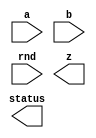



////////////////////////////////////////////////////////////////////////////////
//
//       This confidential and proprietary software may be used only
//     as authorized by a licensing agreement from Synopsys Inc.
//     In the event of publication, the following notice is applicable:
//
//                    (C) COPYRIGHT 2006 - 2020 SYNOPSYS INC.
//                           ALL RIGHTS RESERVED
//
//       The entire notice above must be reproduced on all authorized
//     copies.
//
//
// VERSION:   Verilog Simulation Model for DW_fp_mult
//
// DesignWare_version: 12428c1c
// DesignWare_release: Q-2019.12-DWBB_201912.5
//
////////////////////////////////////////////////////////////////////////////////

//-----------------------------------------------------------------------------
//
// ABSTRACT: Floating-Point Multiplier
//
//              DW_fp_mult calculates the floating-point multiplication
//              while supporting six rounding modes, including four IEEE
//              standard rounding modes.
//
//              parameters      valid values (defined in the DW manual)
//              ==========      ============
//              sig_width       significand size,  2 to 253 bits
//              exp_width       exponent size,     3 to 31 bits
//              ieee_compliance support the IEEE Compliance 
//                              including NaN and denormal expressions.
//                              0 - IEEE 754 compatible without denormal support
//                                  (NaN becomes Infinity, Denormal becomes Zero)
//                              1 - IEEE 754 standard compatible
//                                  (NaN and denormal numbers are supported)
//
//              Input ports     Size & Description
//              ===========     ==================
//              a               (sig_width + exp_width + 1)-bits
//                              Floating-point Number Input
//              b               (sig_width + exp_width + 1)-bits
//                              Floating-point Number Input
//              rnd             3 bits
//                              Rounding Mode Input
//              z               (sig_width + exp_width + 1)-bits
//                              Floating-point Number Output
//              status          8 bits
//                              Status Flags Output
//
// Modified:
//
//     2015.12.10 Kyung-Nam Han
//       Bug fix for STAR9000983334, available from 2015.06-SP5
//
//     2009.11.12 Kyung-Nam Han
//       Bug fix for STAR9000352662, available from 2009.06-SP4
//-----------------------------------------------------------------------------

module DW_fp_mult (a, b, rnd, z, status);

  parameter integer sig_width = 23;      // RANGE 2 TO 253
  parameter integer exp_width = 8;       // RANGE 3 TO 31
  parameter integer ieee_compliance = 0; // RANGE 0 TO 1

  input  [exp_width + sig_width:0] a;
  input  [exp_width + sig_width:0] b;
  input  [2:0] rnd;
  output [exp_width + sig_width:0] z;
  output [7:0] status;

  // synopsys translate_off


  `define Mwidth (2 * sig_width + 3)
  `define Movf   (`Mwidth - 1)
  `define L      (`Movf - 1 - sig_width)
  `define R      (`L - 1)
  `define log_awidth ((sig_width + 1>65536)?((sig_width + 1>16777216)?((sig_width + 1>268435456)?((sig_width + 1>536870912)?30:29):((sig_width + 1>67108864)?((sig_width + 1>134217728)?28:27):((sig_width + 1>33554432)?26:25))):((sig_width + 1>1048576)?((sig_width + 1>4194304)?((sig_width + 1>8388608)?24:23):((sig_width + 1>2097152)?22:21)):((sig_width + 1>262144)?((sig_width + 1>524288)?20:19):((sig_width + 1>131072)?18:17)))):((sig_width + 1>256)?((sig_width + 1>4096)?((sig_width + 1>16384)?((sig_width + 1>32768)?16:15):((sig_width + 1>8192)?14:13)):((sig_width + 1>1024)?((sig_width + 1>2048)?12:11):((sig_width + 1>512)?10:9))):((sig_width + 1>16)?((sig_width + 1>64)?((sig_width + 1>128)?8:7):((sig_width + 1>32)?6:5)):((sig_width + 1>4)?((sig_width + 1>8)?4:3):((sig_width + 1>2)?2:1)))))
  `define ez_msb ((exp_width >= `log_awidth) ? exp_width + 1 : `log_awidth + 1)
  
  //-------------------------------------------------------------------------
  // Parameter legality check
  //-------------------------------------------------------------------------
    
 
  initial begin : parameter_check
    integer param_err_flg;

    param_err_flg = 0;
    
      
    if ( (sig_width < 2) || (sig_width > 253) ) begin
      param_err_flg = 1;
      $display(
	"ERROR: %m :\n  Invalid value (%d) for parameter sig_width (legal range: 2 to 253)",
	sig_width );
    end
      
    if ( (exp_width < 3) || (exp_width > 31) ) begin
      param_err_flg = 1;
      $display(
	"ERROR: %m :\n  Invalid value (%d) for parameter exp_width (legal range: 3 to 31)",
	exp_width );
    end
      
    if ( (ieee_compliance < 0) || (ieee_compliance > 1) ) begin
      param_err_flg = 1;
      $display(
	"ERROR: %m :\n  Invalid value (%d) for parameter ieee_compliance (legal range: 0 to 1)",
	ieee_compliance );
    end
    
    if ( param_err_flg == 1) begin
      $display(
        "%m :\n  Simulation aborted due to invalid parameter value(s)");
      $finish;
    end

  end // parameter_check 

  //-------------------------------------------------------------------------


function [4-1:0] RND_eval;

  input [2:0] RND;
  input [0:0] Sign;
  input [0:0] L,R,STK;


  begin
  RND_eval[0] = 0;
  RND_eval[1] = R|STK;
  RND_eval[2] = 0;
  RND_eval[3] = 0;
  if ($time > 0)
  case (RND)
    3'b000:
    begin
      RND_eval[0] = R&(L|STK);
      RND_eval[2] = 1;
      RND_eval[3] = 0;
    end
    3'b001:
    begin
      RND_eval[0] = 0;
      RND_eval[2] = 0;
      RND_eval[3] = 0;
    end
    3'b010:
    begin
      RND_eval[0] = ~Sign & (R|STK);
      RND_eval[2] = ~Sign;
      RND_eval[3] = ~Sign;
    end
    3'b011:
    begin
      RND_eval[0] = Sign & (R|STK);
      RND_eval[2] = Sign;
      RND_eval[3] = Sign;
    end
    3'b100:
    begin
      RND_eval[0] = R;
      RND_eval[2] = 1;
      RND_eval[3] = 0;
    end
    3'b101:
    begin
      RND_eval[0] = R|STK;
      RND_eval[2] = 1;
      RND_eval[3] = 1;
    end
    default:
    begin
`ifndef DW_SUPPRESS_WARN
          $display ("WARNING: %m:\n at time = %0t: Illegal rounding mode.", $time);
`endif
    end
  endcase
  end

endfunction




  reg [(exp_width + sig_width):0] z_reg;
  reg [exp_width-1:0] EA;
  reg [exp_width-1:0] EB;
  reg signed [`ez_msb:0] EZ;
  reg signed [`ez_msb:0] Range_Check;
  reg signed [`ez_msb:0] SH_Shift;
  reg signed [`ez_msb:0] EZ_Shift;
  reg [sig_width:0] MA;
  reg [sig_width:0] MB;
  reg [sig_width:0] TMP_MA;
  reg [sig_width:0] TMP_MB;
  reg [`Mwidth-1:0] MZ;
  reg STK;
  reg SIGN;
  reg [4-1:0] RND_val;
  reg [8    -1:0] status_reg;
  reg MaxEXP_A;
  reg MaxEXP_B;
  reg InfSIG_A;
  reg InfSIG_B;
  reg Zero_A;
  reg Zero_B;
  reg Denorm_A;
  reg Denorm_B;
  reg [9:0] LZ_INA;
  reg [9:0] LZ_INB;
  reg [9:0] LZ_IN;
  reg [sig_width - 1:0] SIGA;
  reg [sig_width - 1:0] SIGB;
  reg [(exp_width + sig_width):0] NaN_Reg;
  reg [(exp_width + sig_width):0] Inf_Reg;
  reg MZ_Movf1;
  reg EZ_Zero;
  reg STK_PRE;
  reg [sig_width:0] STK_EXT;
  reg [sig_width - 1:0] NaN_Sig;
  reg [sig_width - 1:0] Inf_Sig;
  reg STK_CHECK;
  reg minnorm_case;

  integer i;
  
  always @(a or b or rnd) begin : a1000_PROC
    SIGN = a[(exp_width + sig_width)] ^ b[(exp_width + sig_width)];
    EA = a[((exp_width + sig_width) - 1):sig_width];
    EB = b[((exp_width + sig_width) - 1):sig_width];
    SIGA = a[(sig_width - 1):0];
    SIGB = b[(sig_width - 1):0];
    status_reg = 0;
    LZ_INA = 0;
    LZ_INB = 0;
    LZ_IN = 0;
    STK_EXT = 0;

    MaxEXP_A = (EA == ((((1 << (exp_width-1)) - 1) * 2) + 1));
    MaxEXP_B = (EB == ((((1 << (exp_width-1)) - 1) * 2) + 1));
    InfSIG_A = (SIGA == 0);
    InfSIG_B = (SIGB == 0);

    // Zero and Denormal
    if (ieee_compliance) begin
      Zero_A = (EA == 0 ) & (SIGA == 0);
      Zero_B = (EB == 0 ) & (SIGB == 0);
      Denorm_A = (EA == 0 ) & (SIGA != 0);
      Denorm_B = (EB == 0 ) & (SIGB != 0);
      // IEEE Standard
      NaN_Sig = 1;
      Inf_Sig = 0;
      NaN_Reg = {1'b0, {(exp_width){1'b1}}, NaN_Sig};
      Inf_Reg = {SIGN, {(exp_width){1'b1}}, Inf_Sig};

      if (Denorm_A) begin
        MA = {1'b0, a[(sig_width - 1):0]};
      end
      else begin
        MA = {1'b1, a[(sig_width - 1):0]};
      end

      if (Denorm_B) begin
        MB = {1'b0, b[(sig_width - 1):0]};
      end
      else begin
        MB = {1'b1, b[(sig_width - 1):0]};
      end

    end
    else begin // ieee_compliance = 0
      Zero_A = (EA == 0 );
      Zero_B = (EB == 0 );
      Denorm_A = 0;
      Denorm_B = 0;
      MA = {1'b1,a[(sig_width - 1):0]};
      MB = {1'b1,b[(sig_width - 1):0]};
      NaN_Sig = 0;
      Inf_Sig = 0;
      // from 0703-SP2, NaN has always + sign.
      NaN_Reg = {1'b0, {(exp_width){1'b1}}, NaN_Sig};
      Inf_Reg = {SIGN, {(exp_width){1'b1}}, Inf_Sig};
    end
  
    //
    // Infinity & NaN Input
    //
    if (ieee_compliance && ((MaxEXP_A && ~InfSIG_A) || (MaxEXP_B && ~InfSIG_B))) begin
      status_reg[2] = 1;
      z_reg = NaN_Reg;
    end
    else if ( (MaxEXP_A) || (MaxEXP_B) )	begin

      if (ieee_compliance == 0) begin
        status_reg[1] = 1;
      end

      // 0*Inf = NaN
      if ( Zero_A || Zero_B ) begin
        status_reg[2] = 1;
        z_reg = NaN_Reg;
      end
      else begin  // Infinity Case
        status_reg[1] = 1;
        z_reg = Inf_Reg;
      end

    end
    //
    // Zero Input
    //
    else if (Zero_A || Zero_B) begin
      status_reg[0] = 1;
      z_reg = 0;
      z_reg[(exp_width + sig_width)] = SIGN;
    end
    //
    // Normal & Denormal Inputs
    //
    else begin

      // Denormal Check
      TMP_MA = MA;
      if (Denorm_A) 
      begin
        while(TMP_MA[sig_width] != 1)
        begin
          TMP_MA = TMP_MA << 1;
          LZ_INA = LZ_INA + 1;
        end
      end

      TMP_MB = MB;
      if (Denorm_B) 
      begin
        while(TMP_MB[sig_width] != 1)
        begin
          TMP_MB = TMP_MB << 1;
          LZ_INB = LZ_INB + 1;
        end
      end

      LZ_IN = LZ_INA + LZ_INB;

      EZ = EA + EB - LZ_IN + Denorm_A + Denorm_B;
      MZ = MA * MB;	// Compute with infinite precision.

      // Left shift MZ in case of denormal multiplication
      if (ieee_compliance) begin
        MZ = MZ << LZ_IN;
      end

      // After the computation, left justify the Mantissa to `Movf-1 bit.
      // Note that the normalized Mantissa after computation is in `Movf-2 bit,
      // and now we normalize it to `Movf-1 bit.
      MZ_Movf1 = MZ[`Movf-1];

      if (MZ[`Movf-1] === 1) begin
        EZ = EZ + 1;
        minnorm_case = 0;
      end
      else begin
        MZ = MZ << 1;
        minnorm_case = (EZ - ((1 << (exp_width-1)) - 1) == 0) ? 1 : 0;
      end

      // Denormal Support
      if (ieee_compliance) begin
        Range_Check = EA + EB + Denorm_A + Denorm_B + MZ_Movf1 - ((1 << (exp_width-1)) - 1) - LZ_IN - 1;

        EZ_Shift = -Range_Check;  

        if (EZ_Shift >= 0) begin
          for (i = 0; i < EZ_Shift; i = i + 1) begin
            {MZ, STK_CHECK} = {MZ, 1'b0} >> 1;
            STK_EXT = STK_EXT | STK_CHECK;
          end
        end

      end

      if (minnorm_case & ~ieee_compliance) begin
        if ({MZ[`R:0], STK_EXT} === 0) STK = 0;
        else STK = 1;
        RND_val = RND_eval(rnd, SIGN, MZ[`L+1], MZ[`R+1], STK);
      end
      else begin
        if ({MZ[`R-1:0], STK_EXT} === 0) STK = 0;
        else STK = 1;
        RND_val = RND_eval(rnd, SIGN, MZ[`L], MZ[`R], STK);
      end
  
      // Round Addition
      if (RND_val[0] === 1) MZ = MZ + (1<<`L);

      // Normalize the Mantissa for overflow case after rounding.
      if ( (MZ[`Movf] === 1) ) begin
        EZ = EZ + 1;
        MZ = MZ >> 1;
      end

      // Correction of denomal output.
      if (ieee_compliance & (EZ <= ((1 << (exp_width-1)) - 1)) & MZ[`Movf - 1]) EZ = EZ + 1;

      EZ_Zero = (EZ == ((1 << (exp_width-1)) - 1));
  
      // Adjust Exponent ((1 << (exp_width-1)) - 1).
      // Force EZ = 0 if underflow occurs becuase of subtracting ((1 << (exp_width-1)) - 1),
      if((EZ[`ez_msb] == 0) & (EZ >= ((1 << (exp_width-1)) - 1))) EZ = EZ - ((1 << (exp_width-1)) - 1);
      else EZ = 0;

      //
      // Huge
      //
      if (EZ >= ((((1 << (exp_width-1)) - 1) * 2) + 1)) begin
        status_reg[4] = 1;
        status_reg[5] = 1;

        if(RND_val[2] === 1) begin
          // Infinity
          MZ[`Movf-2:`L] = Inf_Sig;
          EZ = ((((1 << (exp_width-1)) - 1) * 2) + 1);
          status_reg[1] = 1;
        end
        else begin
          // MaxNorm
          EZ = ((((1 << (exp_width-1)) - 1) * 2) + 1) - 1;
          MZ[`Movf-2:`L] = -1;
        end
      end
      //
      // Tiny
      //
      else if (EZ == 0 ) begin
        status_reg[3] = 1;
         
        if (ieee_compliance == 0) begin
          status_reg[5] = 1;

          if(RND_val[3] === 1) begin
            // MinNorm
            MZ[`Movf-2:`L] = 0;
            EZ = 0  + 1;
          end
          else begin
            // 0
            MZ[`Movf-2:`L] = 0;
            EZ = 0 ;
            status_reg[0] = 1;
          end
        end

        if ((MZ[`Movf-2:`L] == 0) & (EZ[exp_width - 1:0] == 0)) begin
          status_reg[0] = 1;
        end

      end

      status_reg[5] = status_reg[5] | RND_val[1] | (~(Zero_A | Zero_B) & (EZ[exp_width - 1:0] == 0) & (MZ[`Movf - 2:`L] == 0));
  
      // Reconstruct the floating point format.
      z_reg = {SIGN,EZ[exp_width-1:0],MZ[`Movf-2:`L]};
      end
  end
  
  assign status = ((^(a ^ a) !== 1'b0) || (^(b ^ b) !== 1'b0) || (^(rnd ^ rnd) !== 1'b0)) ? {8'bX} : status_reg;
  assign z = ((^(a ^ a) !== 1'b0) || (^(b ^ b) !== 1'b0) || (^(rnd ^ rnd) !== 1'b0)) ? {sig_width+exp_width+1{1'bX}} : z_reg;
  
  `undef Mwidth
  `undef Movf
  `undef L
  `undef R
  `undef log_awidth
  `undef ez_msb

  // synopsys translate_on
  
endmodule